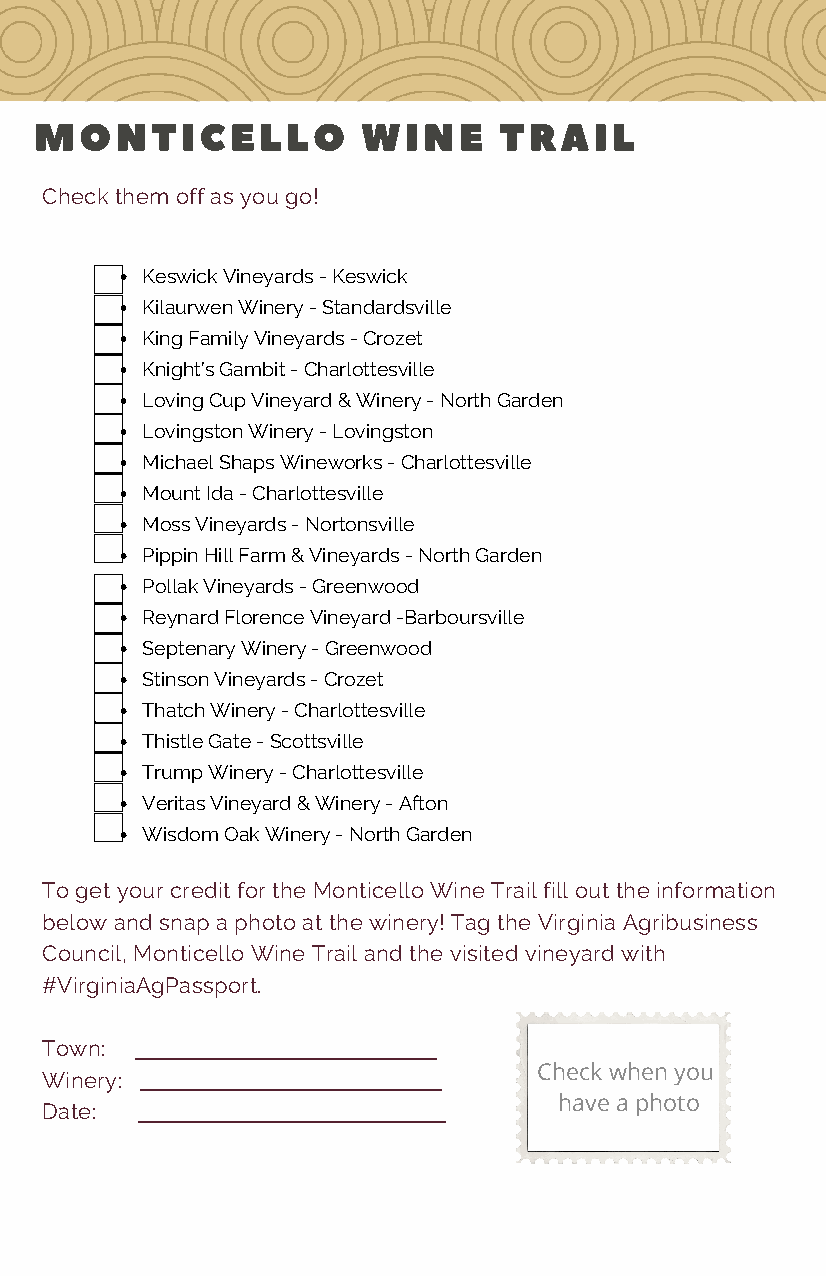
MONTICELLO            WINE     TRAIL
 Check them off as you go!
 Keswick Vineyards - Keswick
 Kilaurwen Winery - Standardsville
 King Family Vineyards - Crozet
 Knight’s Gambit - Charlottesville
 Loving Cup Vineyard & Winery - North Garden
 Lovingston Winery - Lovingston
 Michael Shaps Wineworks - Charlottesville
 Mount Ida - Charlottesville
 Moss Vineyards - Nortonsville
 Pippin Hill Farm & Vineyards - North Garden
 Pollak Vineyards - Greenwood
 Reynard Florence Vineyard -Barboursville
 Septenary Winery - Greenwood
 Stinson Vineyards - Crozet
 Thatch Winery - Charlottesville
 Thistle Gate - Scottsville
 Trump Winery - Charlottesville
 Veritas Vineyard & Winery - Afton
 Wisdom Oak Winery - North Garden
 To get your credit for the Monticello Wine Trail fill out the information
 below and snap a photo at the winery! Tag the Virginia Agribusiness
 Council, Monticello Wine Trail and the visited vineyard with
 #VirginiaAgPassport.
 Town:
 Check when you
 Winery:
 have a photo
 Date: